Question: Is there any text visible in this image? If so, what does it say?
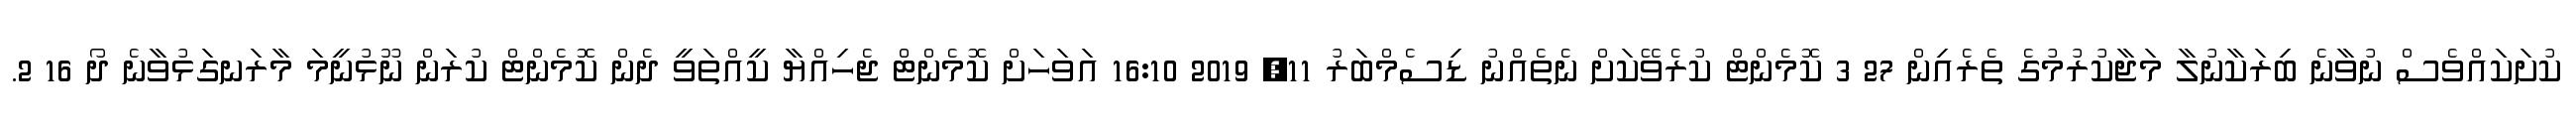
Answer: ކުށަކައްވެސް ނުވާނެ ބިރަކާނުލާ މަޖާކުރުމުގެ ތެރެއިން 27 3 ކޮމެންޓް ކުރެވޭކަށް ނެތެއްނު ޑިސެމްބަރު 11, 2019 16:10 އަވަހަށް ކޮމެންޓް ޖެހިއްޔާ ކީއްތަވީ ދެން ކޮމެންޓް ކުރަން ނޫޅުނީމަ މާރަނގަޅުވާނެ ދޯ 16 2.